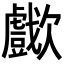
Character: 𣤴